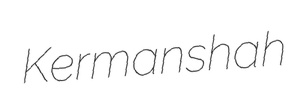
Kermanshah